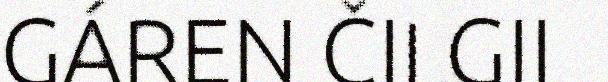
GÁREN ČILGII